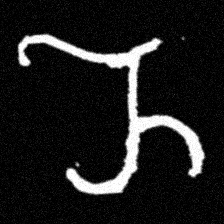
Pyu character \u2014 Myanmar letter: ည (romanized: nya)